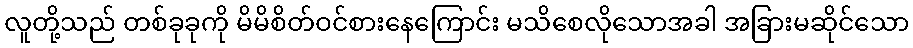
လူတို့သည် တစ်ခုခုကို မိမိစိတ်ဝင်စားနေကြောင်း မသိစေလိုသောအခါ အခြားမဆိုင်သော